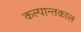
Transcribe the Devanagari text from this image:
कल्पान्तकाल